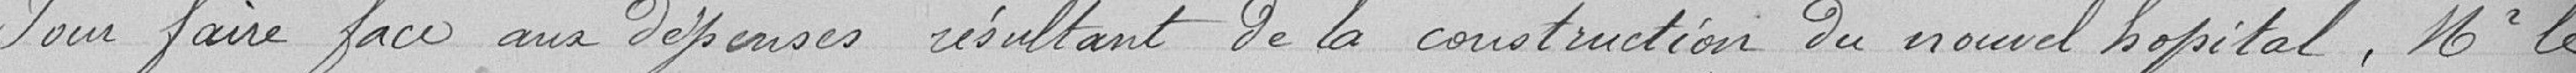
Pour faire face aux dépenses résultant de la construction du nouvel hôpital , Monsieur le